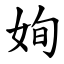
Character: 姰